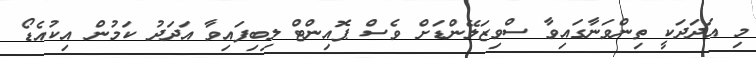
މި އަދަދަކީ ތިންވަނާގައިވާ ސްވިޒަލޭންޑަށް ވެސް ޕޮއިންޓް ލިބިފައިވާ އަދަދު ކަމުން އިކުއެޑޯ